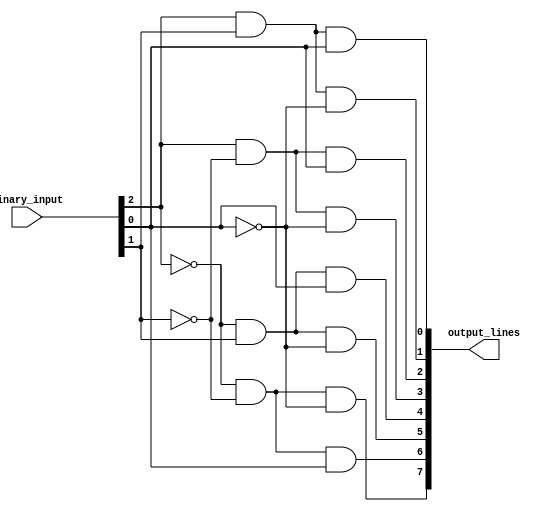
module octal_decoder(
    input [2:0] binary_input,
    output [7:0] output_lines
);

assign output_lines = {~binary_input[2] & ~binary_input[1] & ~binary_input[0], 
                       ~binary_input[2] & ~binary_input[1] & binary_input[0], 
                       ~binary_input[2] & binary_input[1] & ~binary_input[0],
                       ~binary_input[2] & binary_input[1] & binary_input[0],
                       binary_input[2] & ~binary_input[1] & ~binary_input[0],
                       binary_input[2] & ~binary_input[1] & binary_input[0],
                       binary_input[2] & binary_input[1] & ~binary_input[0],
                       binary_input[2] & binary_input[1] & binary_input[0]
};

endmodule